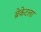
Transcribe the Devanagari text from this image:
ब्रेकेटला